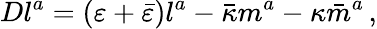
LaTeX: Dl^{a}=(\varepsilon+{\bar{\varepsilon}})l^{a}-{\bar{\kappa}}m^{a}-\kappa{\bar{m}}^{a}\, ,